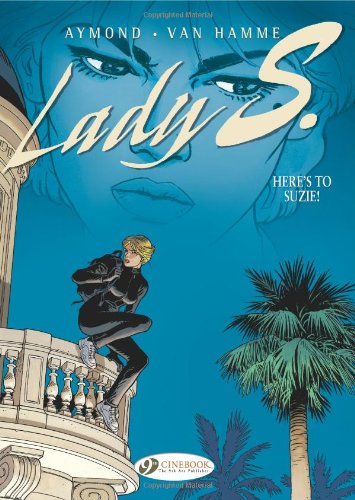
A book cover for Here's to Suzie!: Lady S. Vol. 1; Van Hammme; Comics & Graphic Novels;